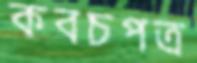
কবচপত্র